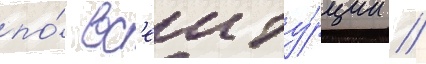
по́ вс'еи ту́рции //